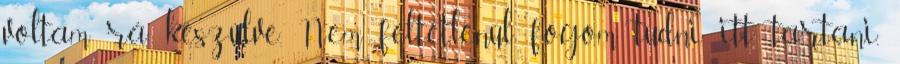
voltam rá készülve. Nem feltétlenül fogom tudni itt tartani,